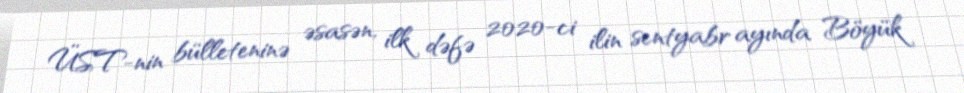
ÜST-nin bülleteninə əsasən, ilk dəfə 2020-ci ilin sentyabr ayında Böyük